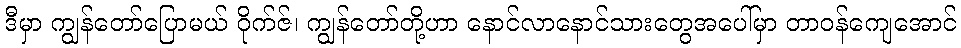
ဒီမှာ ကျွန်တော်ပြောမယ် ဝိုက်ဇ်၊ ကျွန်တော်တို့ဟာ နောင်လာနောင်သားတွေအပေါ်မှာ တာဝန်ကျေအောင်